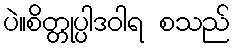
ပဲ။စိတ္တုပ္ပါဒဝါရ စသည်